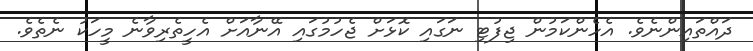
ދައްތައިންނެވެ. އެހެންކަމުން ޖިފުޓި ނަގައި ކޮޅަށް ޖެހުމުގައި އޭނާއަށް އެހީތެރިވާނެ މީހަކު ނެތެވެ.